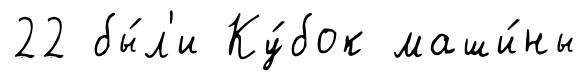
22 бы́л'и Ку́бок маши́ны